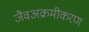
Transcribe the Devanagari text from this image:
जैवअक्रमीकरण